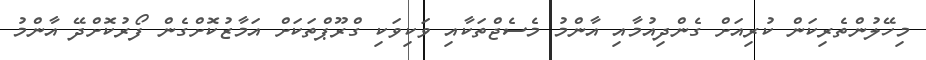
މިހޭލުންތެރިކަން ކުރިއަށް ގެންދިއުމާއި އާންމު މެސެޖްތަކާއި ވަކިވަކި ގްރޫޕްތަކަށް އަމާޒުކޮށްގެން ފޯރުކޮށްދޭ އާންމު